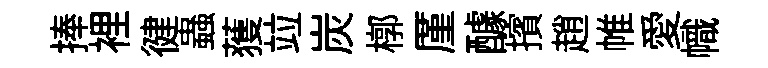
捧裡徤蟲𫉬竝炭槨厪醵擯趙帷愛幟